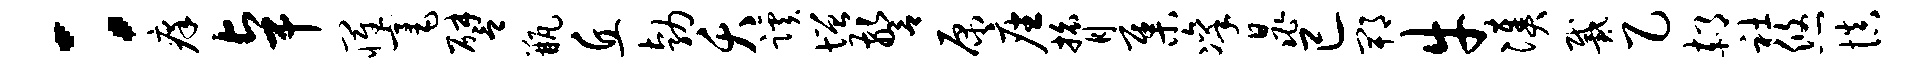
：痒卓罹毫譬瓶丘勃夭蹊增警原座膂集凛晁已郫牛凑戴乙郝社悠慎